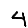
Digit: 4